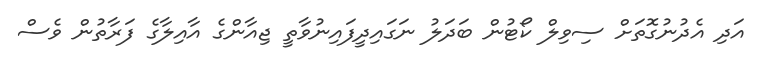
އަދި އެދުނުގޮތަށް ސިވިލް ކޯޓުން ބަދަލު ނަގައިދީފައިނުވާތީ ޖިއާންގެ އާއިލާގެ ފަރާތުން ވެސް